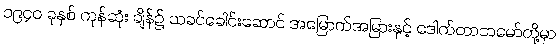
၁၉၄၀ ခုနှစ် ကုန်ဆုံး ချိန်၌ သခင်ခေါင်းဆောင် အမြောက်အမြားနှင့် ဒေါက်တာဘမော်တို့မှာ